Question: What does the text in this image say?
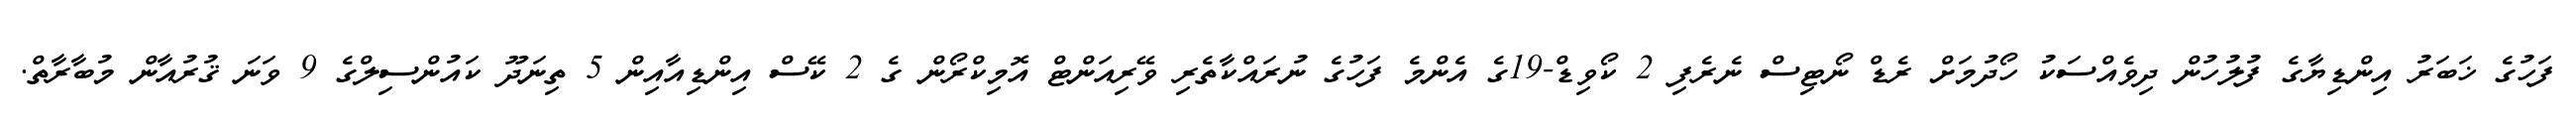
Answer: ފަހުގެ ޚަބަރު އިންޑިޔާގެ ފުލުހުން ދިވެއްސަކު ހޯދުމަށް ރެޑް ނޯޓިސް ނެރެފި 2 ކޯވިޑް-19ގެ އެންމެ ފަހުގެ ނުރައްކާތެރި ވޭރިއަންޓް އޮމިކްރޯން ގެ 2 ކޭސް އިންޑިއާއިން 5 ތިނަދޫ ކައުންސިލްގެ 9 ވަނަ ޤުރުއާން މުބާރާތް.